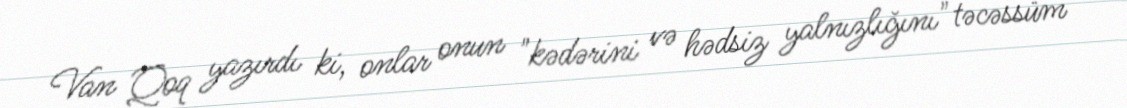
Van Qoq yazırdı ki, onlar onun "kədərini və hədsiz yalnızlığını" təcəssüm